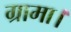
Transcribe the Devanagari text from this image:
ग्रामा।